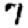
Digit: 7